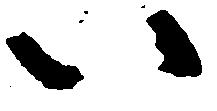
い